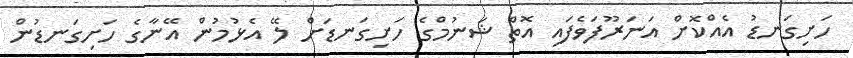
ހަށިގަނޑު އެއްކޮށް އަނަރޫފަވެފައި އޮތް ޝަނުމްގެ ހަށިގަނޑަށް ލޭ އެޅުމުން އޭނާގެ ހަށިގަނޑުން